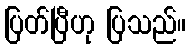
ပြတ်ပြီဟု ပြသည်။